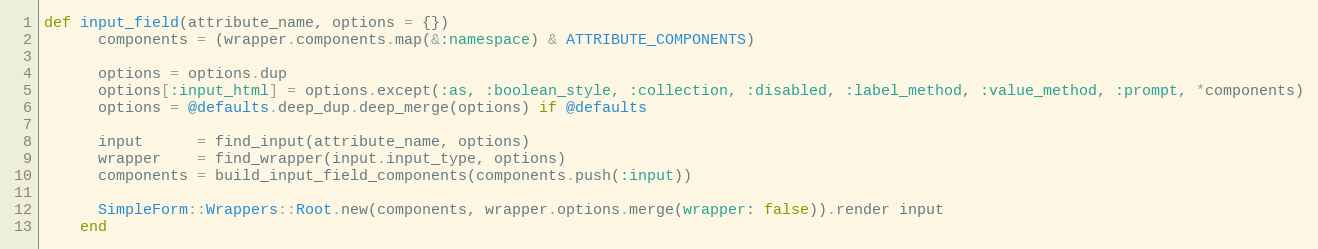
Language: Ruby
def input_field(attribute_name, options = {})
      components = (wrapper.components.map(&:namespace) & ATTRIBUTE_COMPONENTS)

      options = options.dup
      options[:input_html] = options.except(:as, :boolean_style, :collection, :disabled, :label_method, :value_method, :prompt, *components)
      options = @defaults.deep_dup.deep_merge(options) if @defaults

      input      = find_input(attribute_name, options)
      wrapper    = find_wrapper(input.input_type, options)
      components = build_input_field_components(components.push(:input))

      SimpleForm::Wrappers::Root.new(components, wrapper.options.merge(wrapper: false)).render input
    end